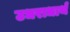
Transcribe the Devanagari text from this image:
उधराधार्थ